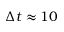
\Delta t \approx 1 0